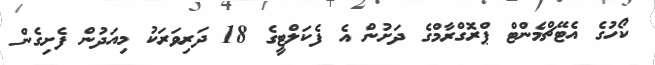
ކޯހުގެ އެޓޭޗްމެންޓް ޕްރޮގްރާމްގެ ދަށުން އެ ފެކަލްޓީގެ 18 ދަރިވަރަކު މިއަދުން ފެށިގެން